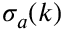
\sigma _ { a } ( k )